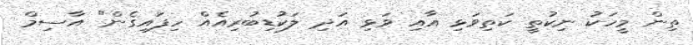
ތިން މީހަކު ނިކުތީ ކަތިވަޅި އާއި ވަޅި އަދި ލަކުޑިބުރިއެއް ހިފައިގެން" އާސިމް